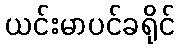
ယင်းမာပင်ခရိုင်